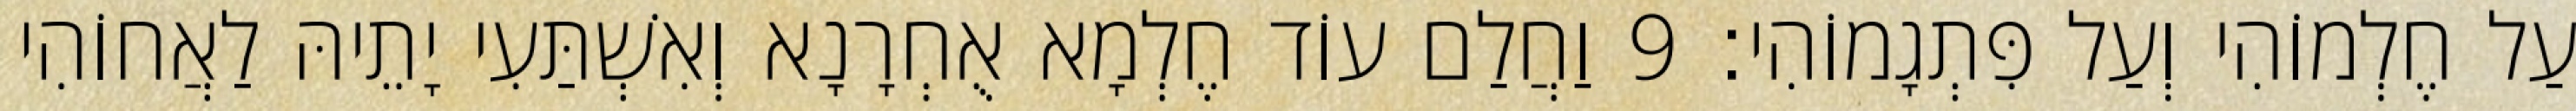
עַל חֶלְמוֹהִי וְעַל פִּתְגָמוֹהִי׃ 9 וַחֲלַם עוֹד חֶלְמָא אֻחְרָנָא וְאִשְׁתַּעִי יָתֵיהּ לַאֲחוֹהִי